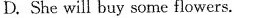
D. She will buy some flowerser.